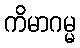
ကိမာဂမ္မ